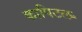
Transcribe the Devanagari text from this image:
कापिटल